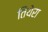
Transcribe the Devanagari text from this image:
तियेरा